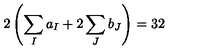
2 \left( \sum _ { I } a _ { I } + 2 \sum _ { J } b _ { J } \right) = 3 2